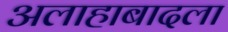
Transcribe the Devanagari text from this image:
अलाहाबादला